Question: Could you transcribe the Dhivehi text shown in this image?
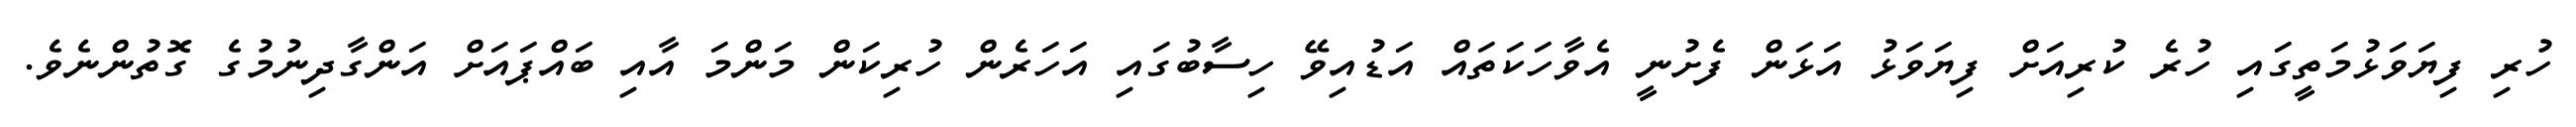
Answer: ހުރި ފިޔަވަޅުމަތީގައި ހުރެ ކުރިއަށް ފިޔަވަޅު އަޅަން ފެށުނީ އެވާހަކަތައް އަޑުއިވޭ ހިސާބުގައި އަހަރެން ހުރިކަން މަންމަ އާއި ބައްޕައަށް އަންގާދިނުމުގެ ގޮތުންނެވެ.